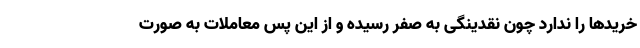
خریدها را ندارد چون نقدینگی به صفر رسیده و از این پس معاملات به صورت